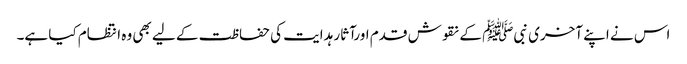
اس نے اپنے آخری نبیﷺ کے نقوش قدم اورآثار ہدایت کی حفاظت کے لیے بھی وہ انتظام کیا ہے۔